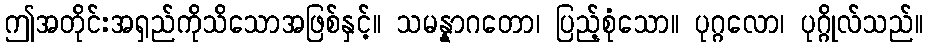
ဤအတိုင်းအရှည်ကိုသိသောအဖြစ်နှင့်။ သမန္နာဂတော၊ ပြည့်စုံသော။ ပုဂ္ဂလော၊ ပုဂ္ဂိုလ်သည်။